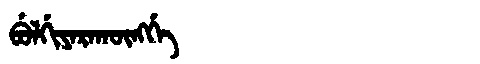
Manchu: ᠪᡠᠯᡤᡳᠶᠠᡵᠠᡴᡡᠩᡤᡝ
Romanization: BULGIYARAKŪNGGE